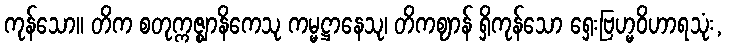
ကုန်သော။ တိက စတုက္ကဇ္ဈာနိကေသု ကမ္မဋ္ဌာနေသု၊ တိကဈာန် ရှိကုန်သော ရှေးဗြဟ္မဝိဟာရသုံး,